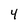
Character: 4